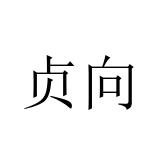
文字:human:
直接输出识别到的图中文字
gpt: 贞向